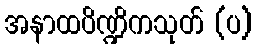
အနာထပိဏ္ဍိကသုတ် (ပ)